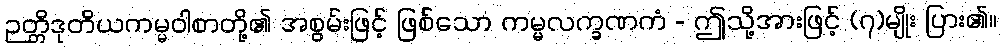
ဉတ္တိဒုတိယကမ္မဝါစာတို့၏ အစွမ်းဖြင့် ဖြစ်သော ကမ္မလက္ခဏကံ - ဤသို့အားဖြင့် (၇)မျိုး ပြား၏။